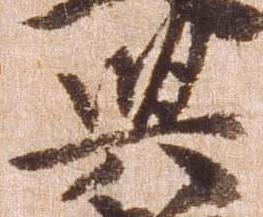
与